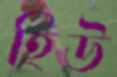
হিউ